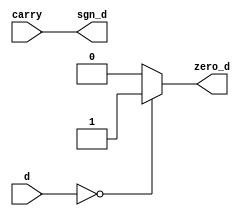
module Exponent_Difference_4 (d , carry , zero_d , sgn_d);
input [7:0]d;
input carry;
output reg zero_d , sgn_d;
always@(*)
begin
    if (d==0)
    begin
      zero_d=1;
    end
	else 
	begin
	    zero_d=0;
	end
sgn_d=  carry ; 
end

endmodule